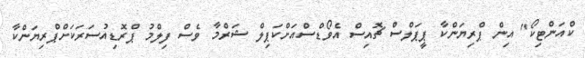
ކްއަންޓިކޯ" އިން ޕްރިޔަންކާ ޕީޕަލްސް ޗޮއިސް އެވޯޑްސްއަށްކަޕިލް ޝަރްމާ ވެސް ފިލްމު ޕްރޮޑިއުސަރަކަށްޕްރިޔަންކާ